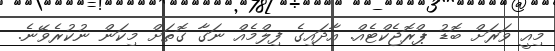
މިއީ ވަރަށް ބޮޑު ޕްރޮޖެކްޓެއް. އާދައިގެ ފިލްމެއް ނަގާ ގޮތަށް މިކަން ނުކުރެވޭނެ.